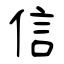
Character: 信